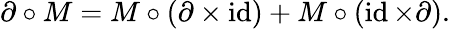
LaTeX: \partial\circ M=M\circ(\partial\times\operatorname{id})+M\circ(\operatorname{id}\times\partial).